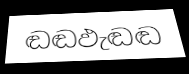
ඬඬඵැඬඬ